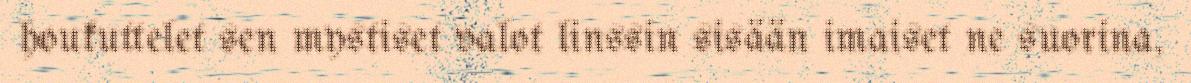
houkuttelet sen mystiset valot linssin sisään imaiset ne suorina,